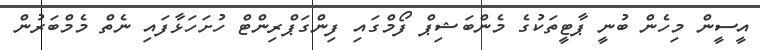
އީސީން މިހެން ބުނީ ޕާޓީތަކުގެ މެންބަޝިޕް ފޯމްގައި ފިންގަޕްރިންޓް ހުށަހަޅާފައި ނެތް މެމްބަރުން